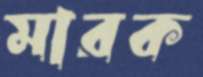
মারক